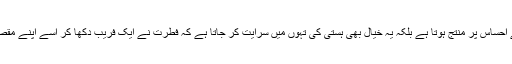
یہ ادراک نہ صرف ناکامی کے احساس پر منتج ہوتا ہے بلکہ یہ خیال بھی ہستی کی تہوں میں سرایت کر جاتا ہے کہ فطرت نے ایک فریب دکھا کر اسے اپنے مقصد کے لیے استعمال کر لیا ہے۔